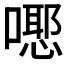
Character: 𭋃